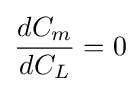
{dC_{m} \over dC_{L}}=0